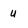
Character: u